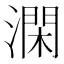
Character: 澖